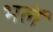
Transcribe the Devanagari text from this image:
भलें